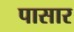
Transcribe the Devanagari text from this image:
पासार